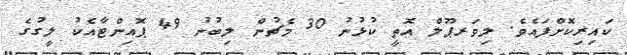
ކައިރިކޮށްފައެވެ. ލިވަރޕޫލް އޮތީ ކުޅުނު 30 މެޗުން ލިބުނު 49 ޕޮއިންޓާއެކު ލީގުގެ